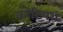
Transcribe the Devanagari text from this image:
कोटियथ